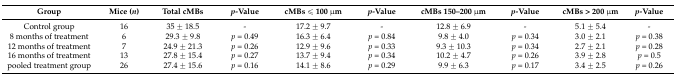
<table><thead><tr><td><b>Group</b></td><td><b>Mice (<i>n</i>)</b></td><td><b>Total cMBs</b></td><td><b><i>p</i>-Value</b></td><td><b>cMBs ≤ 100 μm</b></td><td><b><i>p</i>-Value</b></td><td><b>cMBs 150–200 μm</b></td><td><b><i>p</i>-Value</b></td><td><b>cMBs &gt; 200 μm</b></td><td><b><i>p</i>-Value</b></td></tr></thead><tbody><tr><td>Control group</td><td>16</td><td>35 ± 18.5</td><td>-</td><td>17.2 ± 9.7</td><td>-</td><td>12.8 ± 6.9</td><td>-</td><td>5.1 ± 5.4</td><td>-</td></tr><tr><td>8 months of treatment</td><td>6</td><td>29.3 ± 9.8</td><td><i>p</i> = 0.49</td><td>16.3 ± 6.4</td><td><i>p</i> = 0.84</td><td>9.8 ± 4.0</td><td><i>p</i> = 0.34</td><td>3.0 ± 2.1</td><td><i>p</i> = 0.38</td></tr><tr><td>12 months of treatment</td><td>7</td><td>24.9 ± 21.3</td><td><i>p</i> = 0.26</td><td>12.9 ± 9.6</td><td><i>p</i> = 0.33</td><td>9.3 ± 10.3</td><td><i>p</i> = 0.34</td><td>2.7 ± 2.1</td><td><i>p</i> = 0.28</td></tr><tr><td>16 months of treatment</td><td>13</td><td>27.8 ± 15.4</td><td><i>p</i> = 0.27</td><td>13.7 ± 9.4</td><td><i>p</i> = 0.34</td><td>10.2 ± 4.7</td><td><i>p</i> = 0.26</td><td>3.9 ± 2.8</td><td><i>p</i> = 0.5</td></tr><tr><td>pooled treatment group</td><td>26</td><td>27.4 ± 15.6</td><td><i>p</i> = 0.16</td><td>14.1 ± 8.6</td><td><i>p</i> = 0.29</td><td>9.9 ± 6.3</td><td><i>p</i> = 0.17</td><td>3.4 ± 2.5</td><td><i>p</i> = 0.26</td></tr></tbody></table>